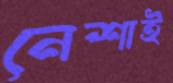
নেশাই